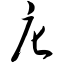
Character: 庀